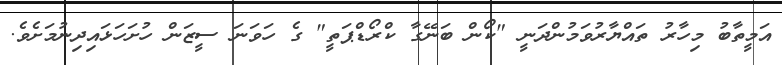
އަމީތާބު މިހާރު ތައްޔާރުވަމުންދަނީ "ކޯން ބަނޭގާ ކްރޯޑްޕަތީ" ގެ ހަވަނަ ސީޒަން ހުށަހަޅައިދިނުމަށެވެ.